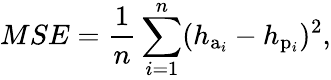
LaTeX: MSE=\frac{1}{n}\sum_{i=1}^{n}(h_{\mathrm{a}_{i}}-h_{\mathrm{p}_{i}})^{2},